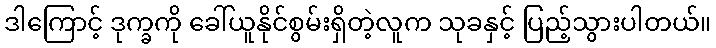
ဒါကြောင့် ဒုက္ခကို ခေါ်ယူနိုင်စွမ်းရှိတဲ့လူက သုခနှင့် ပြည့်သွားပါတယ်။